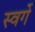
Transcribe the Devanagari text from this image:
स्वर्गे